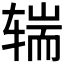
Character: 𰺒